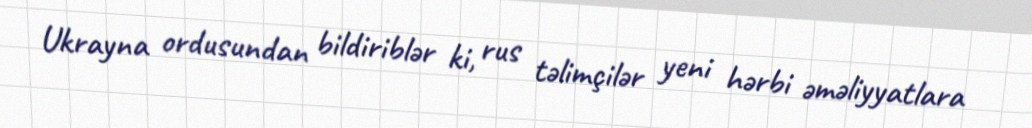
Ukrayna ordusundan bildiriblər ki, rus təlimçilər yeni hərbi əməliyyatlara